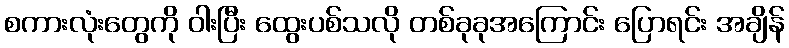
စကားလုံးတွေကို ဝါးပြီး ထွေးပစ်သလို တစ်ခုခုအကြောင်း ပြောရင်း အချိန်